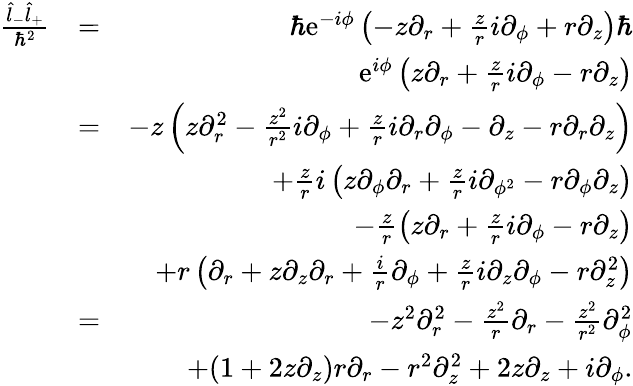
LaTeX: \begin{array}{rlr}{\frac{\hat{l}_{-}\hat{l}_{+}}{\hbar^{2}}}&{=}&{\hbar\mathrm{e}^{-i\phi}\left(-z\partial_{r}+\frac{z}{r}i\partial_{\phi}+r\partial_{z}\right)\hbar}\\ &{}&{\mathrm{e}^{i\phi}\left(z\partial_{r}+\frac{z}{r}i\partial_{\phi}-r\partial_{z}\right)}\\ &{=}&{-z\left(z\partial_{r}^{2}-\frac{z^{2}}{r^{2}}i\partial_{\phi}+\frac{z}{r}i\partial_{r}\partial_{\phi}-\partial_{z}-r\partial_{r}\partial_{z}\right)}\\ &{}&{+\frac{z}{r}i\left(z\partial_{\phi}\partial_{r}+\frac{z}{r}i\partial_{\phi^{2}}-r\partial_{\phi}\partial_{z}\right)}\\ &{}&{-\frac{z}{r}\left(z\partial_{r}+\frac{z}{r}i\partial_{\phi}-r\partial_{z}\right)}\\ &{}&{+r\left(\partial_{r}+z\partial_{z}\partial_{r}+\frac{i}{r}\partial_{\phi}+\frac{z}{r}i\partial_{z}\partial_{\phi}-r\partial_{z}^{2}\right)}\\ &{=}&{-z^{2}\partial_{r}^{2}-\frac{z^{2}}{r}\partial_{r}-\frac{z^{2}}{r^{2}}\partial_{\phi}^{2}}\\ &{}&{+(1+2z\partial_{z})r\partial_{r}-r^{2}\partial_{z}^{2}+2z\partial_{z}+i\partial_{\phi}.}\end{array}